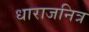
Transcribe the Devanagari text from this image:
धाराजनित्र